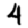
Digit: 4